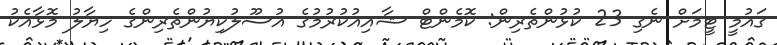
ގައުމީ ޓީމަށް ނެގި 23 ކުޅުންތެރިން: ކޮމެންޓް ޝާއިއުކުރުމުގެ އުސޫލުކިޔުންތެރިންގެ ހިޔާލު މޮޅާއެކު